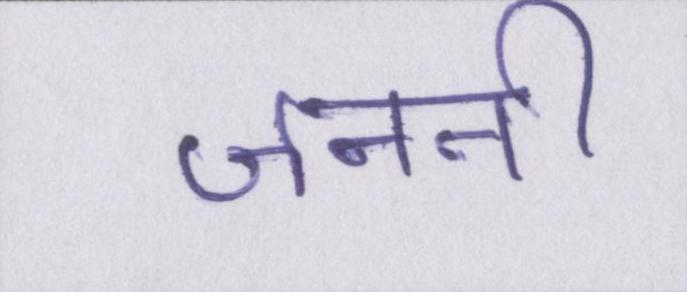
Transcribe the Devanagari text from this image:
जननी